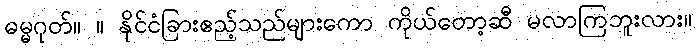
ဓမ္မဂုတ်။ ။ နိုင်ငံခြားဧည့်သည်များကော ကိုယ်တော့ဆီ မလာကြဘူးလား။